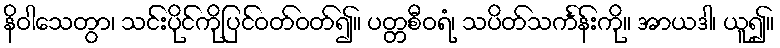
နိဝါသေတွာ၊ သင်းပိုင်ကိုပြင်ဝတ်ဝတ်၍။ ပတ္တစီဝရံ၊ သပိတ်သင်္ကန်းကို။ အာယဒါ၊ ယူ၍။